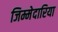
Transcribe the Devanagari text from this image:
जिम्मेदारिया